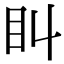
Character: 𥃧